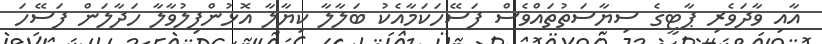
އާއި ވާދަވެރި ޕާޓީގެ ސިޔާސަތުތައްވެސް ފަސޭހަކަމާއެކު ބަލާލާ ކިޔާލާ އޮޅުންފިލުވާލާ ހަދާލަން ފަސޭހަ